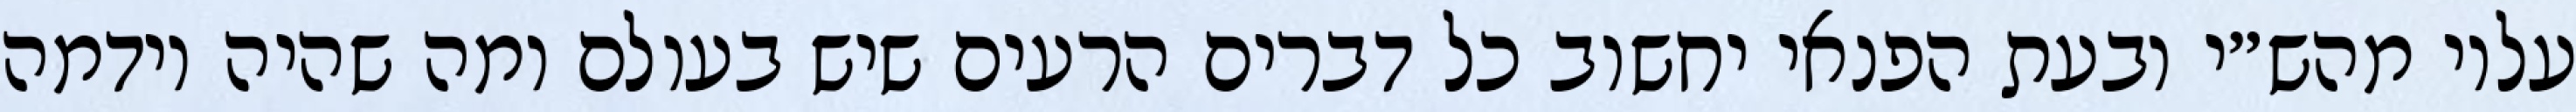
עליו מהש״י ובעת הפנאי יחשוב כל דברים הרעים שיש בעולם ומה שהיה וידמה